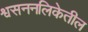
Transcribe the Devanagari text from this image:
श्वसननलिकेतील